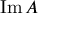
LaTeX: \operatorname { I m } A